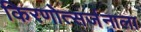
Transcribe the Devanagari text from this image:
किरणोत्सर्जनाला